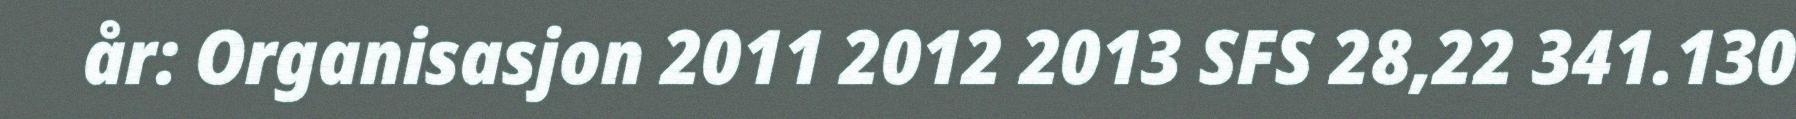
år: Organisasjon 2011 2012 2013 SFS 28,22 341.130